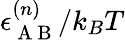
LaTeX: \epsilon_{\mathrm{~A~B~}}^{(n)}/k_{B}T